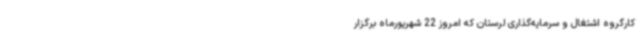
کارگروه اشتغال و سرمایه‌گذاری لرستان که امروز 22 شهریورماه برگزار